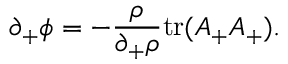
\partial _ { + } \phi = - { \frac { \rho } { \partial _ { + } \rho } } \mathrm { t r } ( A _ { + } A _ { + } ) .